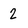
Character: 2